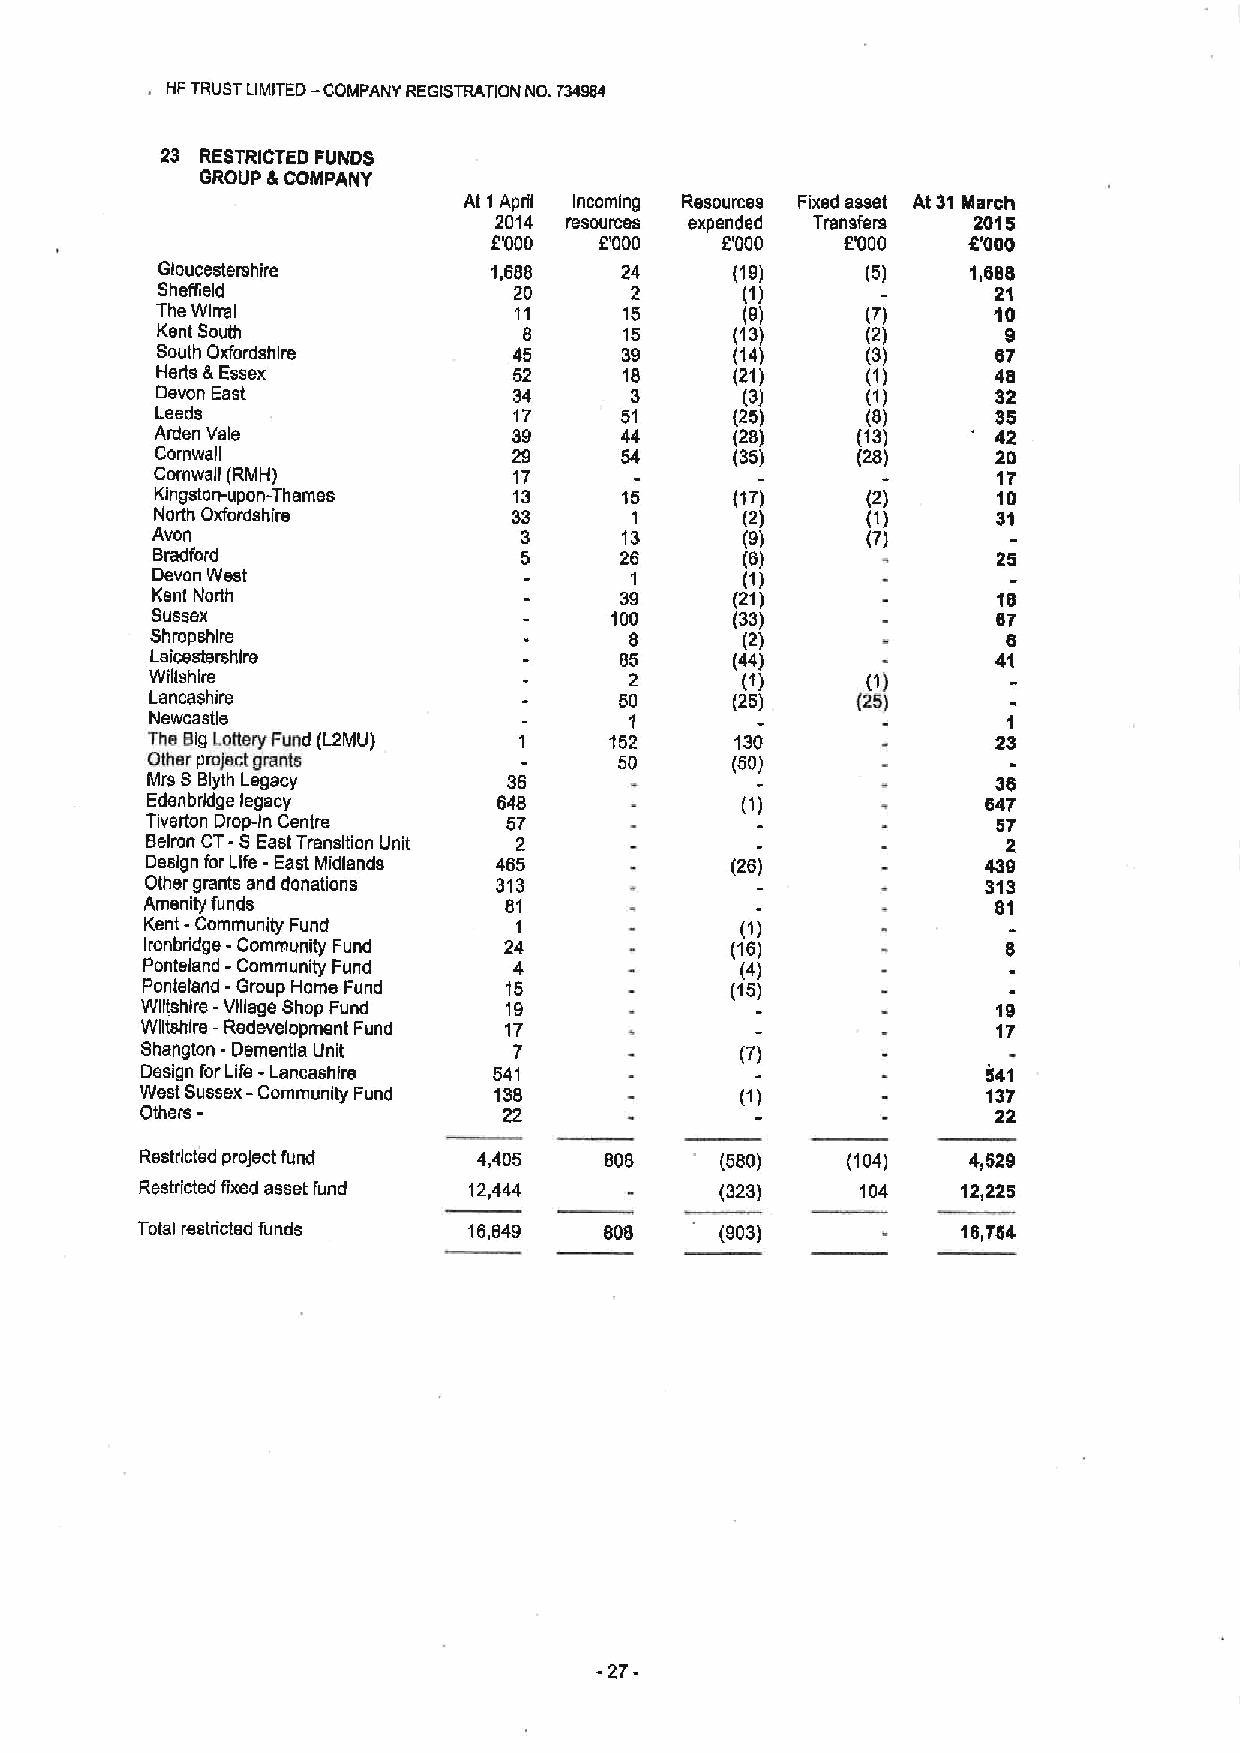
HFTRUST LIM/TED -COMPANY REGISTRATION NO. 734984
 23 RESTRICTED FUNDS
 GROUP 6 COMPANY
 At 1April Incoming Resources Fixed asset At 31March
 2014 resources expended Transfers 2015
 E'000  D000    2'000   E'000   6'000
 Gloucestershire        1,688   24      (19)    (5)    1,688
 Sheffleld               20      2      (1)              21
 The Wirrs I             11     15      (9)     (7)      10
 Kent South               8     15      (13)    (2)       9
 South Oxfordshire       45     39      (14)    (3)      67
 Herts &Essex            52     18      (21)    (1)      48
 Devon East              34      3      (3)     (1)      32
 Leeds                   17     51      (25)    (8)      35
 Arden Vale              39     44      (28)    (13)     42
 Cornwall                29     54      (35)    (28)     20
 Cornwsll (RMH)          17                              17
 Kingston-upon-Thames    13     15      (17)    (2)      10
 North Oxfordshire       33      1      (2)     (1)      31
 Avon                    3      13      (9)     P)
 Bradford                5      26      (8)              25
 Devon West                             (1)
 Kent North                     39      (21)             18
 Sussex                        100      (33)             er
 Shropshire                      8      (2)               6
 Leicestershire                 85      (44)             41
 Wiltshire                       2      (1)     (1)
 Lancashire                     50      (25)    (25)
 Newcastle                                                1
 The BigLottery Fund (L2MU)    'I52     130              23
 Other project grants           50     (50)
 Mrs SBlyth Legacy       36                              36
 Edsnbrldgs legacy      648                             e47
 Twsrton Drop-In Centre  57                              57
 Belrcn CT-SEast Transition Unit 2                        2
 Design for Life -East Midlands 465    (26)             439
 Other grants and donations 313                         313
 Amenity funds          61                               81
 Kent -Community Fund    1              (1)
 Ironbridge - Community Fund 24        (16)               8
 Ponteland - Community Fund 4            (4)
 Ponteland -Group Home Fund 15          (15)
 Wlltshlre -Village Shop Fund 19                          19
 Wiltshire —Redevelopment Fund 17                         17
 Shangton -Dementia Unit  7              (7)
 Design forLife - Lancashire 541                         541
 -
 West Sussex Community Fund 138                          137
 Others-                 22                               22
 Restricted project fund 4,405  808     (560)   (104)   4,529
 Restricted fixed asset fund 12,444     (323)    104    12,225
 Total restricted funds 16,649  80S     (903)           16,754
 -27-